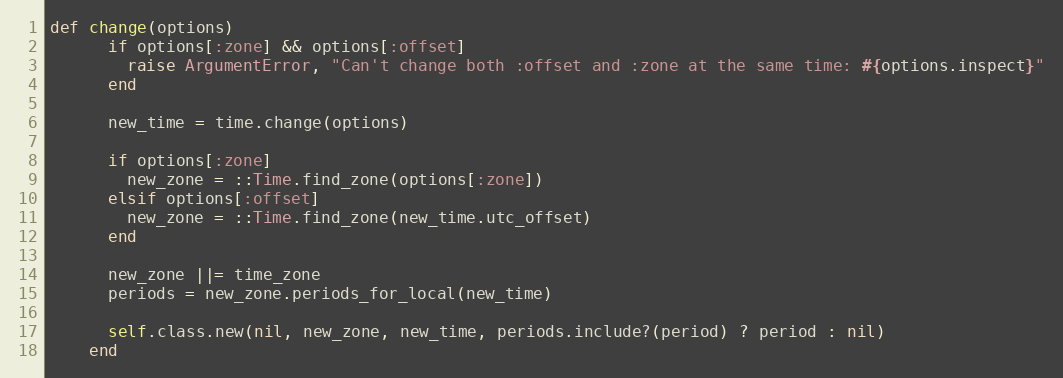
Language: Ruby
def change(options)
      if options[:zone] && options[:offset]
        raise ArgumentError, "Can't change both :offset and :zone at the same time: #{options.inspect}"
      end

      new_time = time.change(options)

      if options[:zone]
        new_zone = ::Time.find_zone(options[:zone])
      elsif options[:offset]
        new_zone = ::Time.find_zone(new_time.utc_offset)
      end

      new_zone ||= time_zone
      periods = new_zone.periods_for_local(new_time)

      self.class.new(nil, new_zone, new_time, periods.include?(period) ? period : nil)
    end